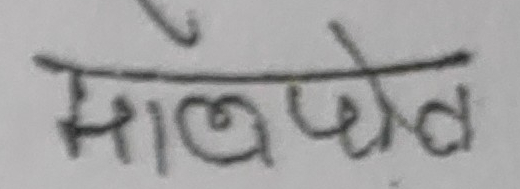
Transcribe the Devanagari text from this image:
मालपोत